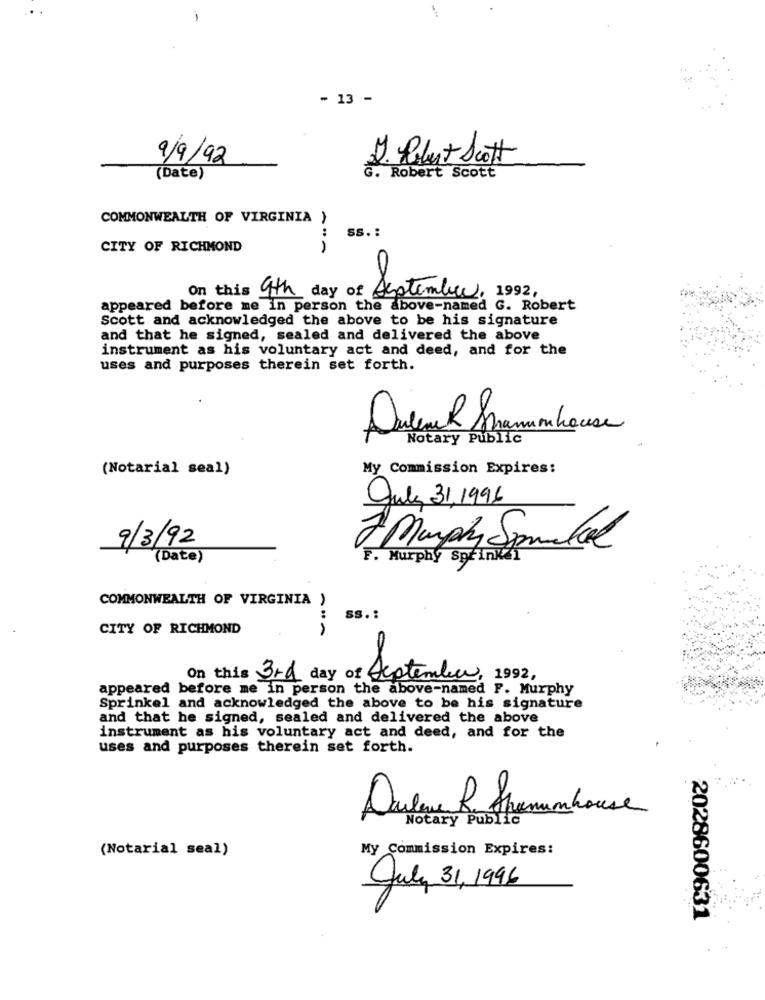
- 13 -
9/9/92
J. Robert Scott
(Date)
G. Robert Scott
COMMONWEALTH OF VIRGINIA )
:
Ss. :
CITY OF RICHMOND
On this 9th day of September, 1992,
appeared before me in person the above-named G. Robert
Scott and acknowledged the above to be his signature
and that he signed, sealed and delivered the above
instrument as his voluntary act and deed, and for the
uses and purposes therein set forth.
Dusenach maninhouse
Notary Public
(Notarial seal)
My Commission Expires:
July 31,1996
J Murphy Spanked
9/3/92
(Date)
F. Murphy Sprinkdi
COMMONWEALTH OF VIRGINIA )
:
SS. :
CITY OF RICHMOND
On this 3rd day of September, 1992,
appeared before me in person the above-named F. Murphy
Sprinkel and acknowledged the above to be his signature
and that he signed, sealed and delivered the above
instrument as his voluntary act and deed, and for the
uses and purposes therein set forth.
Dular R. Shamanhouse
Notary Public
(Notarial seal)
My Commission Expires:
July 31, 1996
2028600631